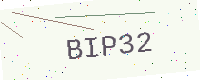
Text: BIP32